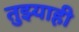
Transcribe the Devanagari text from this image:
तुझ्याही